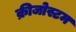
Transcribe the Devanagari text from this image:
क्रीजोस्टम